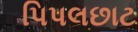
પિપલછાટ